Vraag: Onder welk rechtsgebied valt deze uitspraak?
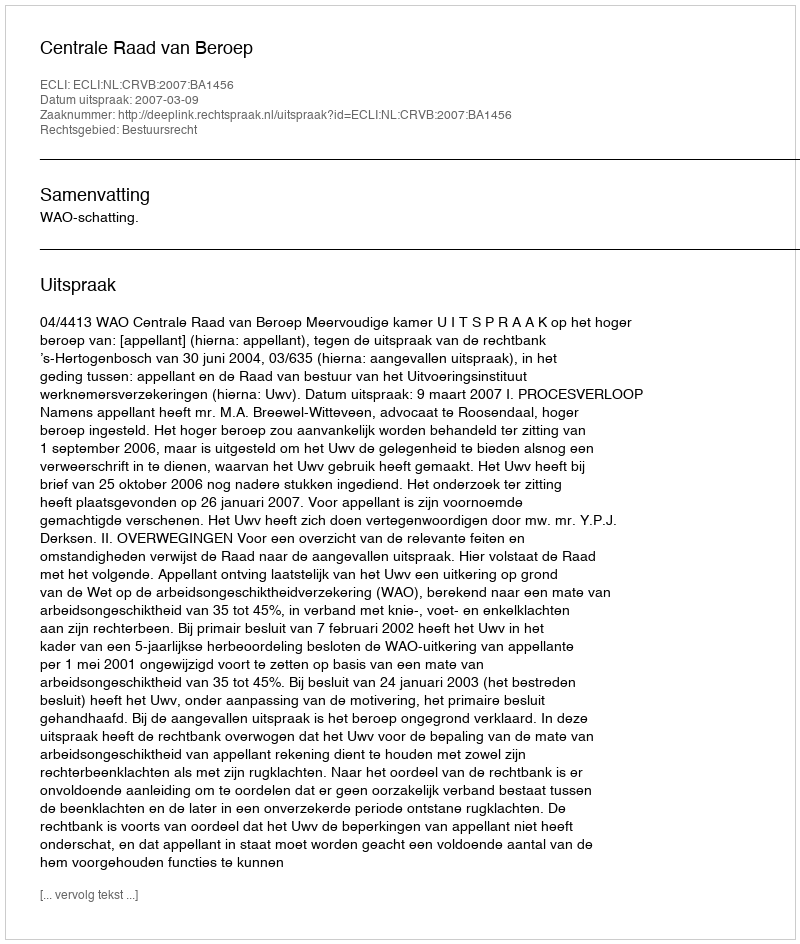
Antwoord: Bestuursrecht